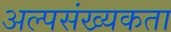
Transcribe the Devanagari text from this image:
अल्पसंख्यकता